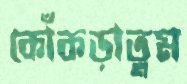
কোঁকড়াতুম